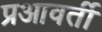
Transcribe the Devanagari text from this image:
प्रआवर्ती